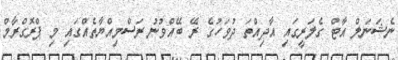
ނެޝަނަލް އާޓް ގެލަރީގައި އާދިއްތަ ދުވަހުގެ ރޭ ބޭއްވުނު ރަސްމިއްޔާތެއްގައި މި ޕްރޮގްރާމް